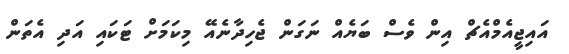
އައިޖީއެމްއެޗް އިން ވެސް ބަޔެއް ނަގަން ޖެހިދާނެއޭ މިކަމަށް ޓަކައި އަދި އެތަން